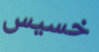
خسيس